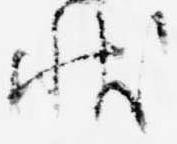
状